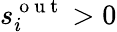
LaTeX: s_{i}^{\mathrm{~o~u~t~}}>0